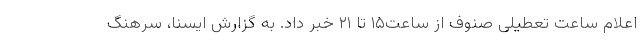
اعلام ساعت تعطیلی صنوف از ساعت۱۵ تا ۲۱ خبر داد. به گزارش ایسنا، سرهنگ